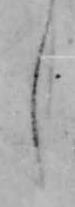
し